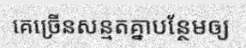
គេច្រើនសន្មតគ្នាបន្ថែមឲ្យ